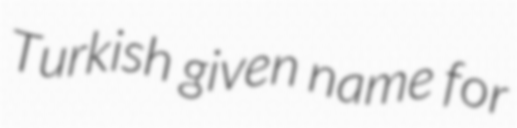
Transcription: Turkish given name for